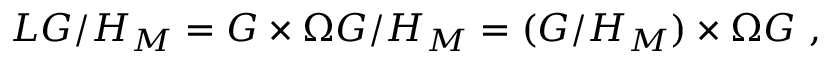
L G / H _ { M } = G \times \Omega G / H _ { M } = ( G / H _ { M } ) \times \Omega G \, \, ,